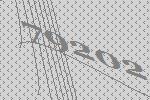
79202